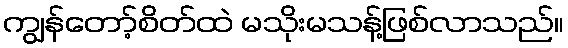
ကျွန်တော့်စိတ်ထဲ မသိုးမသန့်ဖြစ်လာသည်။